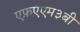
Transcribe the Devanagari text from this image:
एफ़एएम३बी